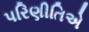
પરિણીતિએ